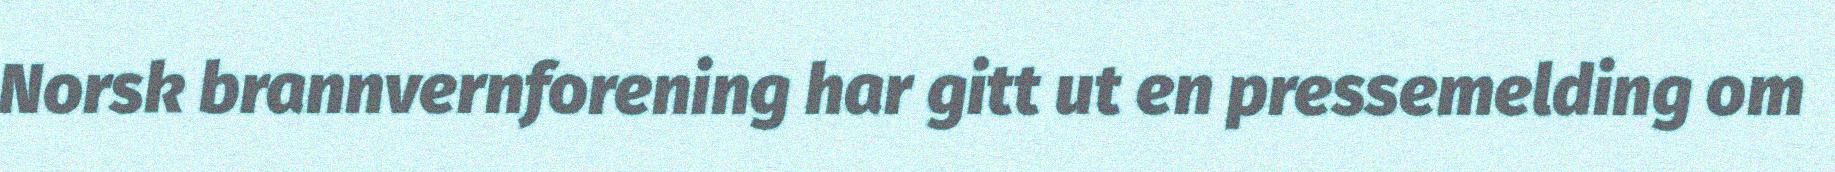
Norsk brannvernforening har gitt ut en pressemelding om